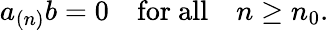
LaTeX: a_{(n)}b=0\quad\mathrm{for~all}\quad n\geq n_{0}.